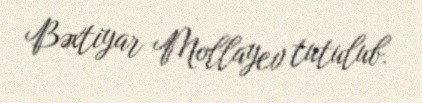
Bəxtiyar Mollayev tutulub.